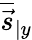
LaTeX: \overline{{\vec{s}}}_{\vert y}